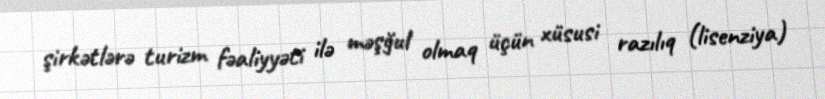
şirkətlərə turizm fəaliyyəti ilə məşğul olmaq üçün xüsusi razılıq (lisenziya)